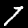
Digit: 7